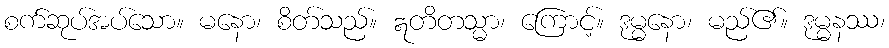
စက်ဆုပ်အပ်သော။ မနော၊ စိတ်သည်။ ဣတိတသ္မာ၊ ကြောင့်။ ဒုမ္မနော၊ မည်၏။ ဒုမ္မနဿ၊